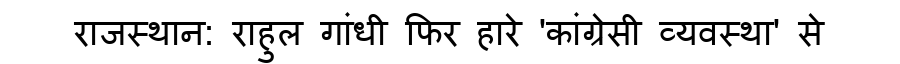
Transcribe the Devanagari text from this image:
राजस्थान: राहुल गांधी फिर हारे 'कांग्रेसी व्यवस्था' से